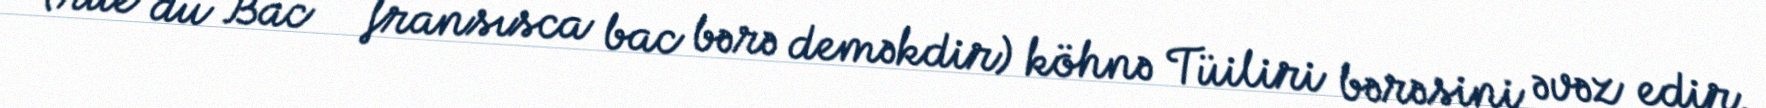
(rue du Bac — fransısca bac bərə deməkdir) köhnə Tüiliri bərəsini əvəz edir.